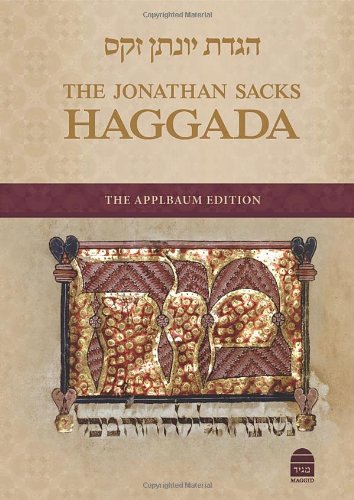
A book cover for The Jonathan Sacks Haggada; Rabbi Jonathan Sacks; Religion & Spirituality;